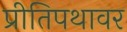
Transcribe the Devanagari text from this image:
प्रीतिपथावर